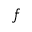
\boldsymbol { f }